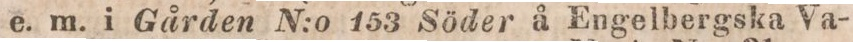
e. m. i Gården N:o 153 Söder å Engelbergska Va-